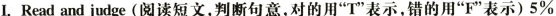
I.Read and judge(阅读短文,判断句意,对的用"T"表示,错的用"F"表示)5%